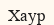
Хаур